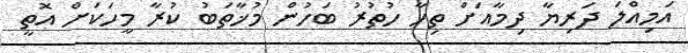
އަމިއްލަ ދަރިޔާ ދިމާއަށް ތިހާ ހުތުރު ބަހުން މުޚާތަބު ކުރާ މީހަކަށް އޮތީ